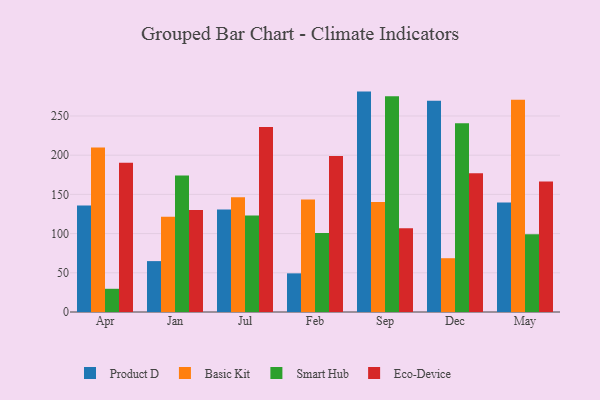
{"axis": {"x": "Month", "y": "Satisfaction Score"}, "legend": ["Basic Kit", "Eco-Device", "Product D", "Smart Hub"], "data": [{"x": "Apr", "y": 135.8, "type": "Product D"}, {"x": "Apr", "y": 209.8, "type": "Basic Kit"}, {"x": "Apr", "y": 29.6, "type": "Smart Hub"}, {"x": "Apr", "y": 190.4, "type": "Eco-Device"}, {"x": "Jan", "y": 64.9, "type": "Product D"}, {"x": "Jan", "y": 121.4, "type": "Basic Kit"}, {"x": "Jan", "y": 174.1, "type": "Smart Hub"}, {"x": "Jan", "y": 130.1, "type": "Eco-Device"}, {"x": "Jul", "y": 130.6, "type": "Product D"}, {"x": "Jul", "y": 146.2, "type": "Basic Kit"}, {"x": "Jul", "y": 123.0, "type": "Smart Hub"}, {"x": "Jul", "y": 235.8, "type": "Eco-Device"}, {"x": "Feb", "y": 49.3, "type": "Product D"}, {"x": "Feb", "y": 143.6, "type": "Basic Kit"}, {"x": "Feb", "y": 100.9, "type": "Smart Hub"}, {"x": "Feb", "y": 199.0, "type": "Eco-Device"}, {"x": "Sep", "y": 281.1, "type": "Product D"}, {"x": "Sep", "y": 140.2, "type": "Basic Kit"}, {"x": "Sep", "y": 275.3, "type": "Smart Hub"}, {"x": "Sep", "y": 106.9, "type": "Eco-Device"}, {"x": "Dec", "y": 269.5, "type": "Product D"}, {"x": "Dec", "y": 68.6, "type": "Basic Kit"}, {"x": "Dec", "y": 240.6, "type": "Smart Hub"}, {"x": "Dec", "y": 177.0, "type": "Eco-Device"}, {"x": "May", "y": 139.7, "type": "Product D"}, {"x": "May", "y": 270.7, "type": "Basic Kit"}, {"x": "May", "y": 99.1, "type": "Smart Hub"}, {"x": "May", "y": 166.6, "type": "Eco-Device"}]}